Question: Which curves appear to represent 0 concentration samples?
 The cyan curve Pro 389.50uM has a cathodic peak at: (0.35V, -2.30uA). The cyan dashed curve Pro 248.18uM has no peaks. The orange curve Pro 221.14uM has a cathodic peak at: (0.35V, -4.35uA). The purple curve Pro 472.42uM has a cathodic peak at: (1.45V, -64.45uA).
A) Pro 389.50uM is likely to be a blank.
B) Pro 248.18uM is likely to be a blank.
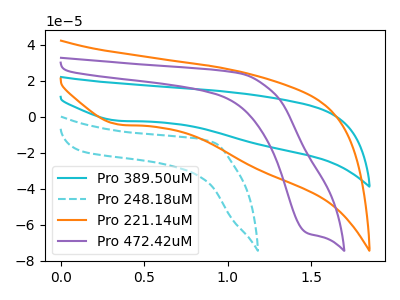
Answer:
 <answer>B) "Pro 248.18uM" is likely to be a blank.</answer>
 <eval>B</eval>